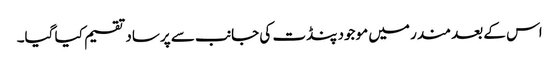
اس کے بعد مندر میں موجود پنڈت کی جانب سے پرساد تقسیم کیا گیا۔